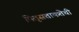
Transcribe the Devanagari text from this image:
पितृसत्ताकतेची